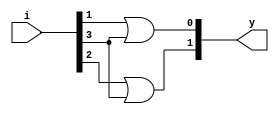
`timescale 1ns / 1ps
//////////////////////////////////////////////////////////////////////////////////
// Company: 
// Engineer: 
// 
// Design Name: 
// Module Name: Encoder
// Project Name: 
// Target Devices: 
// Tool Versions: 
// Description: 
// 
// Dependencies: 
// 
// Revision:
// Revision 0.01 - File Created
// Additional Comments:
// 
//////////////////////////////////////////////////////////////////////////////////


module Encoder(i,y);
input [3:0] i;
output [1:0] y;
assign y[0] = i[1] | i[3];
assign y[1] = i[2] | i[3];
endmodule